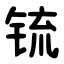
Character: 锍